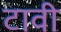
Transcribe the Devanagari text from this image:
टावी